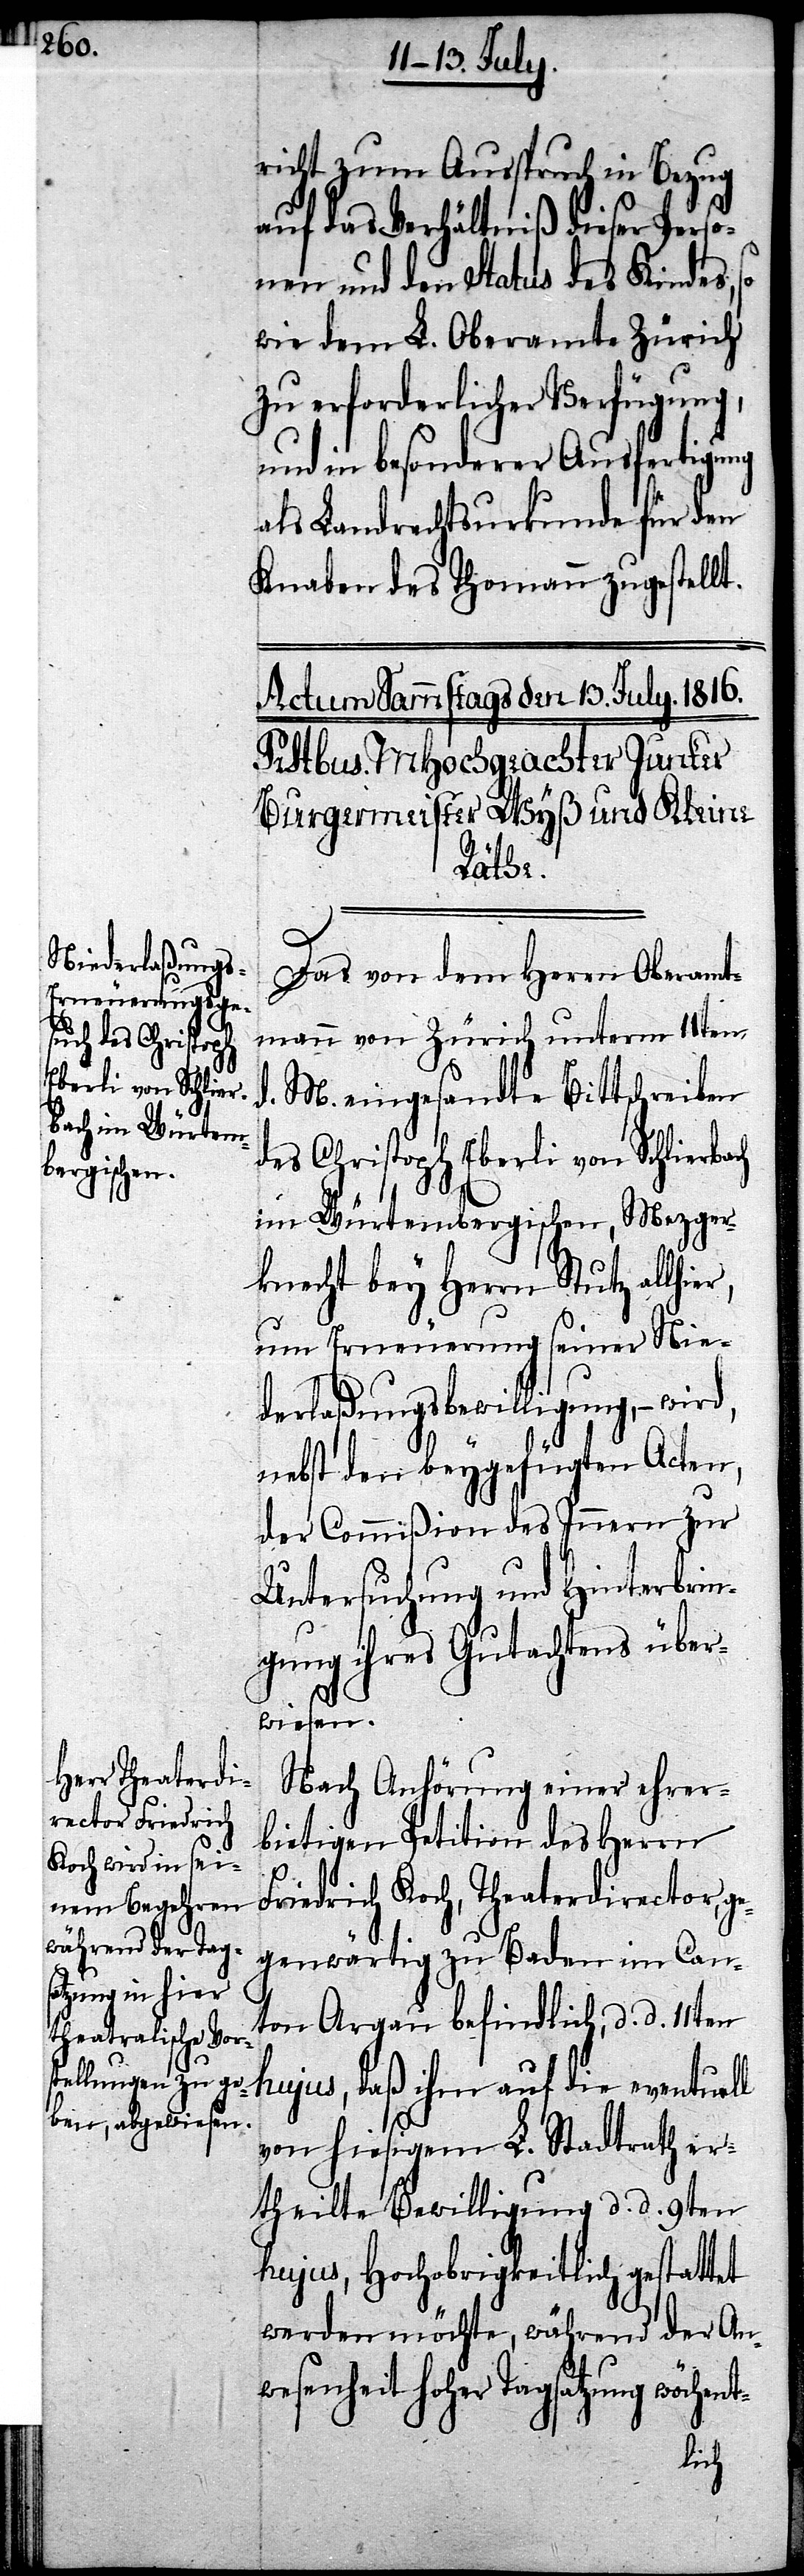
richt zum Ausspruch in Bezug
auf das Verhältniß dieser Perso¬
nen und den Status des Kindes,
wie dem L. Oberamte Zürich
zu erforderlicher Verfügung,
und in besonderer Ausfertigung
als Landrechtsurkunde für den
Knaben des Thomann zugestellt.
Das von dem Herrn Oberamt¬
mann von Zürich unterm 11ten
d. M. eingesandte Bittschreiben
des Christoph Eberli von Schlierbach
im Würtembergischen, Mezger¬
knecht bey Herrn Stutz allhier,
um Erneuerung seiner Nie¬
derlaßungsbewilligung, –
nebst den beygefügten Acten,
der Commißion des Innern zur
Untersuchung und Hinterbrin¬
gung ihres Gutachtens über¬
wiesen.
Nach Anhörung einer ehrer¬
bietigen Petition des Herrn
Friedrich Koch, Theaterdirector, ge¬
genwärtig zu Baden im Can¬
ton Argau befindlich, d. d. 11t¬
en hujus, daß ihm auf die eventuell
von hiesigem L. Stadtrath er¬
theilte Bewilligung d. d. 9ten
hujus, Hochobrigkeitlich gestattet
werden möchte, während der Anw¬
esenheit Hoher Tagsatzung